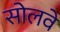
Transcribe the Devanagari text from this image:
सोलवे